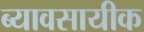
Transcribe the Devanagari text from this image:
ब्यावसायीक